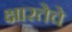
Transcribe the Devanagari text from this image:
क्षारतेचे